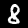
Label: 8